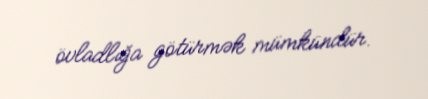
övladlığa götürmək mümkündür.